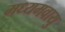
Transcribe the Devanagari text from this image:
मध्यमवायु